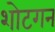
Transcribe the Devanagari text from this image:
शोटगन